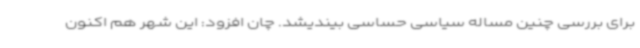
برای بررسی چنین مساله سیاسی حساسی بیندیشد. چان افزود: این شهر هم اکنون